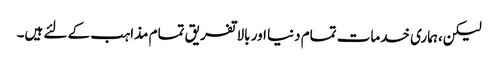
لیکن،ہماری خدمات تمام دنیا اور بالا تفریق تمام مذاہب کے لئے ہیں۔